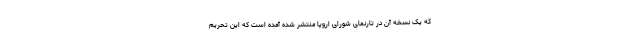
که یک نسخه آن در تارنمای شورای اروپا منتشر شده آمده است که این تحریم